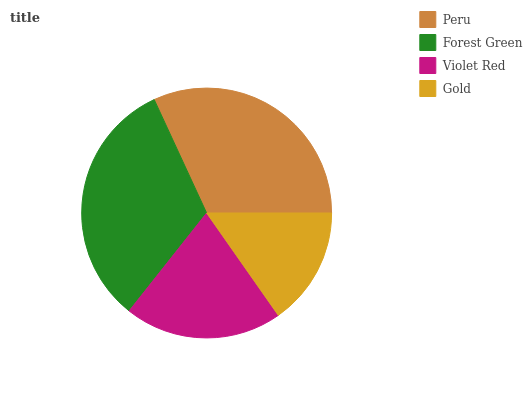
| Peru | Forest Green | Violet Red | Gold |
 | --- | --- | --- | --- |
 | 31.8% | 32.5% | 20.4% | 15.3% |